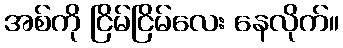
အစ်ကို ငြိမ်ငြိမ်လေး နေလိုက်။